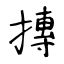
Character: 摶